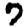
Digit: 7